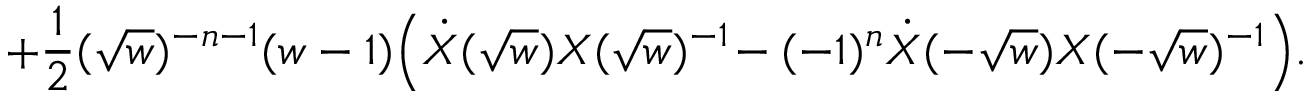
+ { \frac { 1 } { 2 } } ( \sqrt { w } ) ^ { - n - 1 } ( w - 1 ) \Big ( \dot { X } ( \sqrt { w } ) X ( \sqrt { w } ) ^ { - 1 } \! - ( - 1 ) ^ { n } \dot { X } ( - \sqrt { w } ) X ( - \sqrt { w } ) ^ { - 1 } \Big ) .